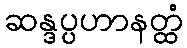
ဆန္ဒပ္ပဟာနတ္ထံ